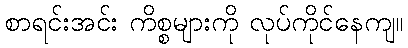
စာရင်းအင်း ကိစ္စများကို လုပ်ကိုင်နေကျ။